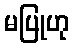
မပြုဟု